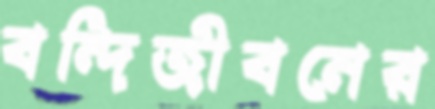
বন্দিজীবনের